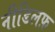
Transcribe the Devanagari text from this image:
नीडिलफ़